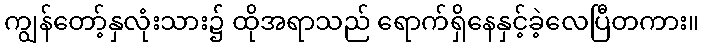
ကျွန်တော့်နှလုံးသား၌ ထိုအရာသည် ရောက်ရှိနေနှင့်ခဲ့လေပြီတကား။